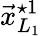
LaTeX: \vec{x}_{L_{1}}^{\star 1}